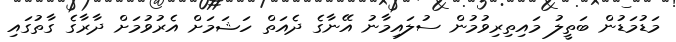
މަޑުމަޑުން ބަތީލު މައިތިރިވުމުން ސުލައިމާނު އޭނާގެ ދެއަތް ހަޝަމަށް އެރުވުމަށް ދާރާގެ ގާތުގައި